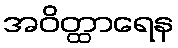
အဝိတ္ထာရေန